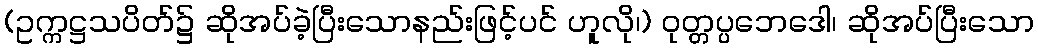
(ဥက္ကဋ္ဌသပိတ်၌ ဆိုအပ်ခဲ့ပြီးသောနည်းဖြင့်ပင် ဟူလို၊) ဝုတ္တပ္ပဘေဒေါ၊ ဆိုအပ်ပြီးသော